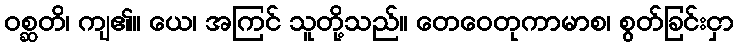
ဝစ္ဆတိ၊ ကျ၏။ ယေ၊ အကြင် သူတို့သည်။ တေဝေတုကာမာစ၊ စွတ်ခြင်းငှာ